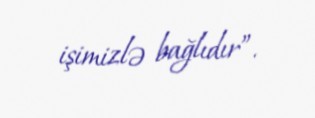
işimizlə bağlıdır”.